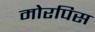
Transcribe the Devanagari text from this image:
मोरपिस